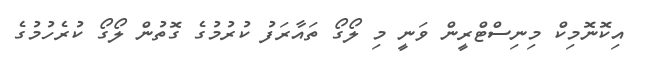
އިކޮނޮމިކް މިނިސްޓްރީން ވަނީ މި ލޯގޯ ތައާރަފު ކުރުމުގެ ގޮތުން ލޯގޯ ކުރެހުމުގެ